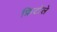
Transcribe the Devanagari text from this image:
फ्रिटोले